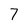
Character: 7